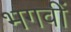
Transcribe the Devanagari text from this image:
भगवीं